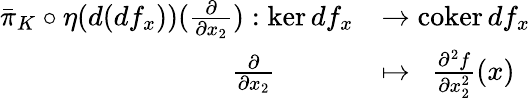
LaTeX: \begin{array}{rl}{\bar{\pi}_{K}\circ\eta(d(df_{x}))(\frac{\partial}{\partial x_{2}}):\ker df_{x}}&{\rightarrow\mathrm{coker\, }df_{x}}\\ {\frac{\partial}{\partial x_{2}}\ \ \ \ \ \ \ \ \ \ \ }&{\mapsto\ \ \frac{\partial^{2}f}{\partial x_{2}^{2}}(x)}\end{array}